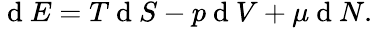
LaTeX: \begin{array}{r}{\mathrm{~d~}E=T\mathrm{~d~}S-p\mathrm{~d~}V+\mu\mathrm{~d~}N.}\end{array}